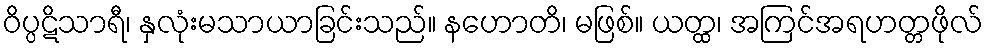
ဝိပ္ပဋိသာရီ၊ နှလုံးမသာယာခြင်းသည်။ နဟောတိ၊ မဖြစ်။ ယတ္ထ၊ အကြင်အရဟတ္တဖိုလ်